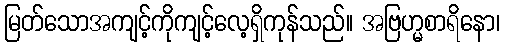
မြတ်သောအကျင့်ကိုကျင့်လေ့ရှိကုန်သည်။ အဗြဟ္မစာရိနော၊